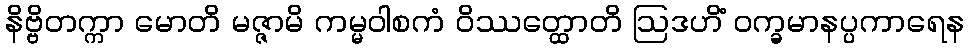
နိဗ္ဗိတက္ကာ မောတိ မဇ္ဇာမိ ကမ္မဝါစကံ ဝိဿတ္ထောတိ ဩဒဟိံ ဝက္ခမာနပ္ပကာရေန